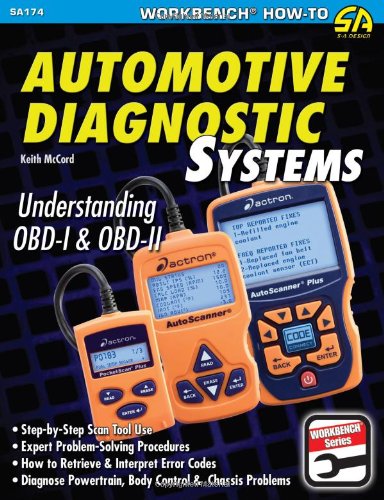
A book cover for Automotive Diagnostic Systems: Understanding OBD-I & OBD-II (S-A Design Workbench Series); Keith McCord; Engineering & Transportation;